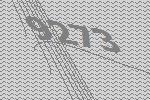
9273